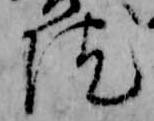
院